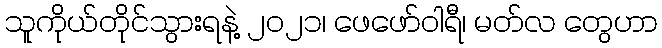
သူကိုယ်တိုင်သွားရနဲ့ ၂၀၂၁၊ ဖေဖော်ဝါရီ၊ မတ်လ တွေဟာ